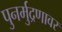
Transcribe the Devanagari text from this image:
पुनर्मुद्रणावर